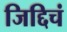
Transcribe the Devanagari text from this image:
जिद्दिचं